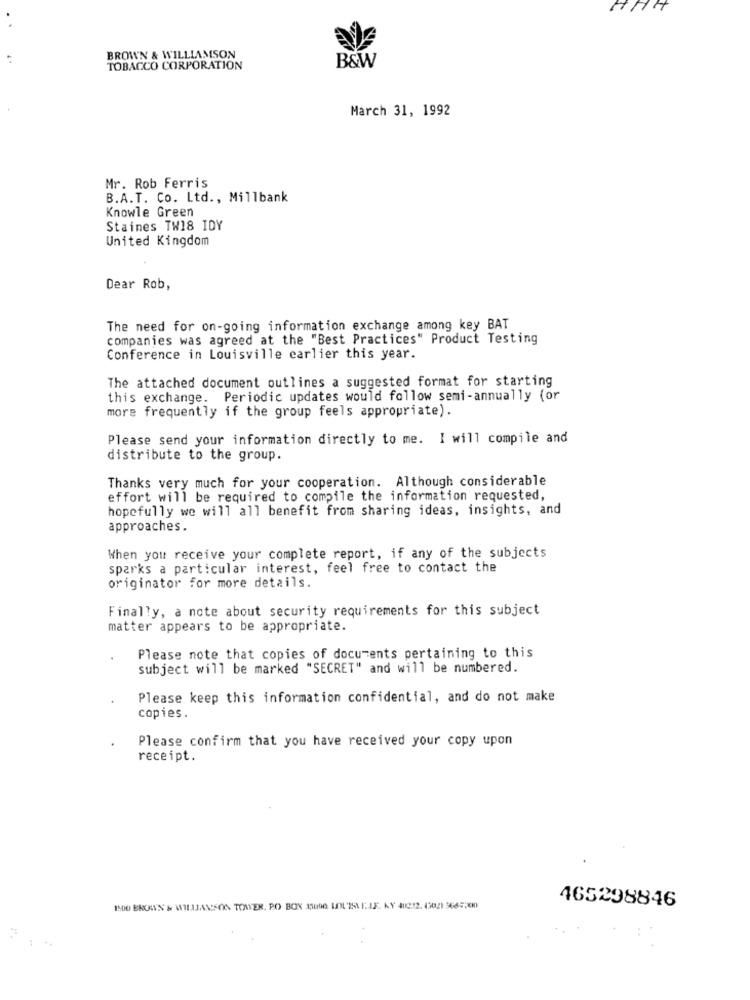
HHH
BROWN & WILLIAMSON
B&W
TOBACCO CORPORATION
March 31, 1992
Mr. Rob Ferris
B.A.T. Co. Ltd ., Millbank
Knowle Green
Staines TW18 IDY
United Kingdom
Dear Rob,
The need for on-going information exchange among key BAT
companies was agreed at the "Best Practices" Product Testing
Conference in Louisville earlier this year.
The attached document outlines a suggested format for starting
this exchange. Periodic updates would follow semi-annually (or
more frequently if the group feels appropriate).
Please send your information directly to me. I will compile and
distribute to the group.
Thanks very much for your cooperation. Although considerable
effort will be required to compile the information requested,
hopefully we will all benefit from sharing ideas, insights, and
approaches.
When you receive your complete report, if any of the subjects
sparks a particular interest, feel free to contact the
originator for more details.
Finally, a note about security requirements for this subject
matter appears to be appropriate.
Please note that copies of documents pertaining to this
subject will be marked "SECRET" and will be numbered.
Please keep this information confidential, and do not make
copies.
Please confirm that you have received your copy upon
receipt.
465298846
1500 BROWN & WILIJANSON TOAVER, PO BOX 11090 LOUISA F.J.F. KY 402:12. 43021 56453000)